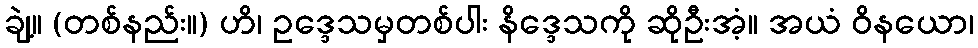
ချဲ့။ (တစ်နည်း။) ဟိ၊ ဥဒ္ဒေသမှတစ်ပါး နိဒ္ဒေသကို ဆိုဦးအံ့။ အယံ ဝိနယော၊